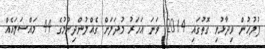
ފުލުހުން ވިދާޅުވި ގޮތުގައި 2014 ވަނަ އަހަރު މުދަލަށް ގެއްލުންދިނުމުގެ 44 މައްސަލައެއް